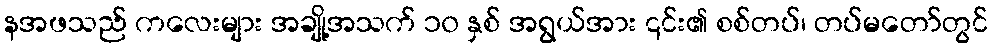
နအဖသည် ကလေးများ အချို့အသက် ၁၀ နှစ် အရွယ်အား ၎င်း၏ စစ်တပ်၊ တပ်မတော်တွင်